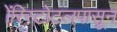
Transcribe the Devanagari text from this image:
ॲरिस्टोटलपासून